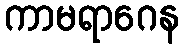
ကာမရာဂေန